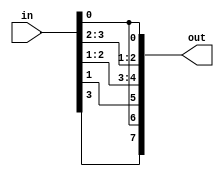
module EXPANSION_BOX(in,out);
    input [3:0] in;
    output reg [7:0] out;
    always@*
    begin
        out[7] = in[3];
        out[6] = in[0];
        out[5] = in[1];
        out[4] = in[2];
        out[3] = in[1];
        out[2] = in[3];
        out[1] = in[2];
        out[0] = in[0];
    end
endmodule